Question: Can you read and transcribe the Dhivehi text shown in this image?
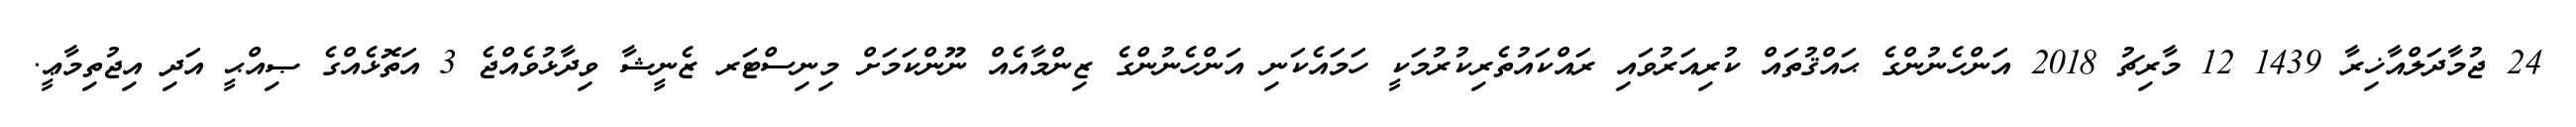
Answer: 24 ޖުމާދަލްއާޚިރާ 1439 12 މާރިޗު 2018 އަންހެނުންގެ ޙައްޤުތައް ކުރިއަރުވައި ރައްކައުތެރިކުރުމަކީ ހަމައެކަނި އަންހެނުންގެ ޒިންމާއެއް ނޫންކަމަށް މިނިސްޓަރ ޒެނީޝާ ވިދާޅުވެއްޖެ 3 އަތޮޅެއްގެ ޞިއްޙީ އަދި އިޖުތިމާޢީ.